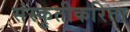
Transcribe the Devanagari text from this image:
संस्कृतीकरिता